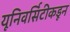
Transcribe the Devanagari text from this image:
यूनिवर्सिटीकडून